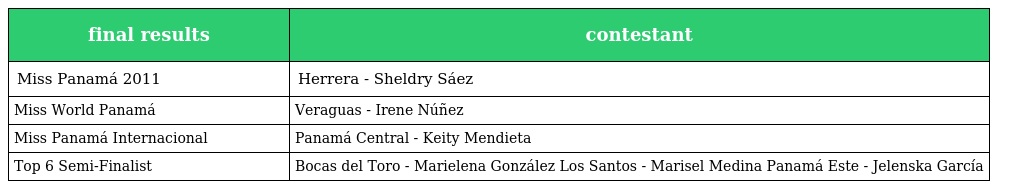
| final results | contestant |
 | --- | --- |
 | Miss Panamá 2011 | Herrera - Sheldry Sáez |
 | Miss World Panamá | Veraguas - Irene Núñez |
 | Miss Panamá Internacional | Panamá Central - Keity Mendieta |
 | Top 6 Semi-Finalist | Bocas del Toro - Marielena González Los Santos - Marisel Medina Panamá Este - Jelenska García |